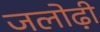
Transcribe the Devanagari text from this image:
जलोढ़ी